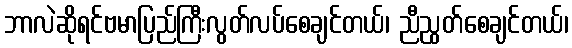
ဘာလဲဆိုရင်ဗမာပြည်ကြီးလွတ်လပ်စေချင်တယ်၊ ညီညွတ်စေချင်တယ်၊